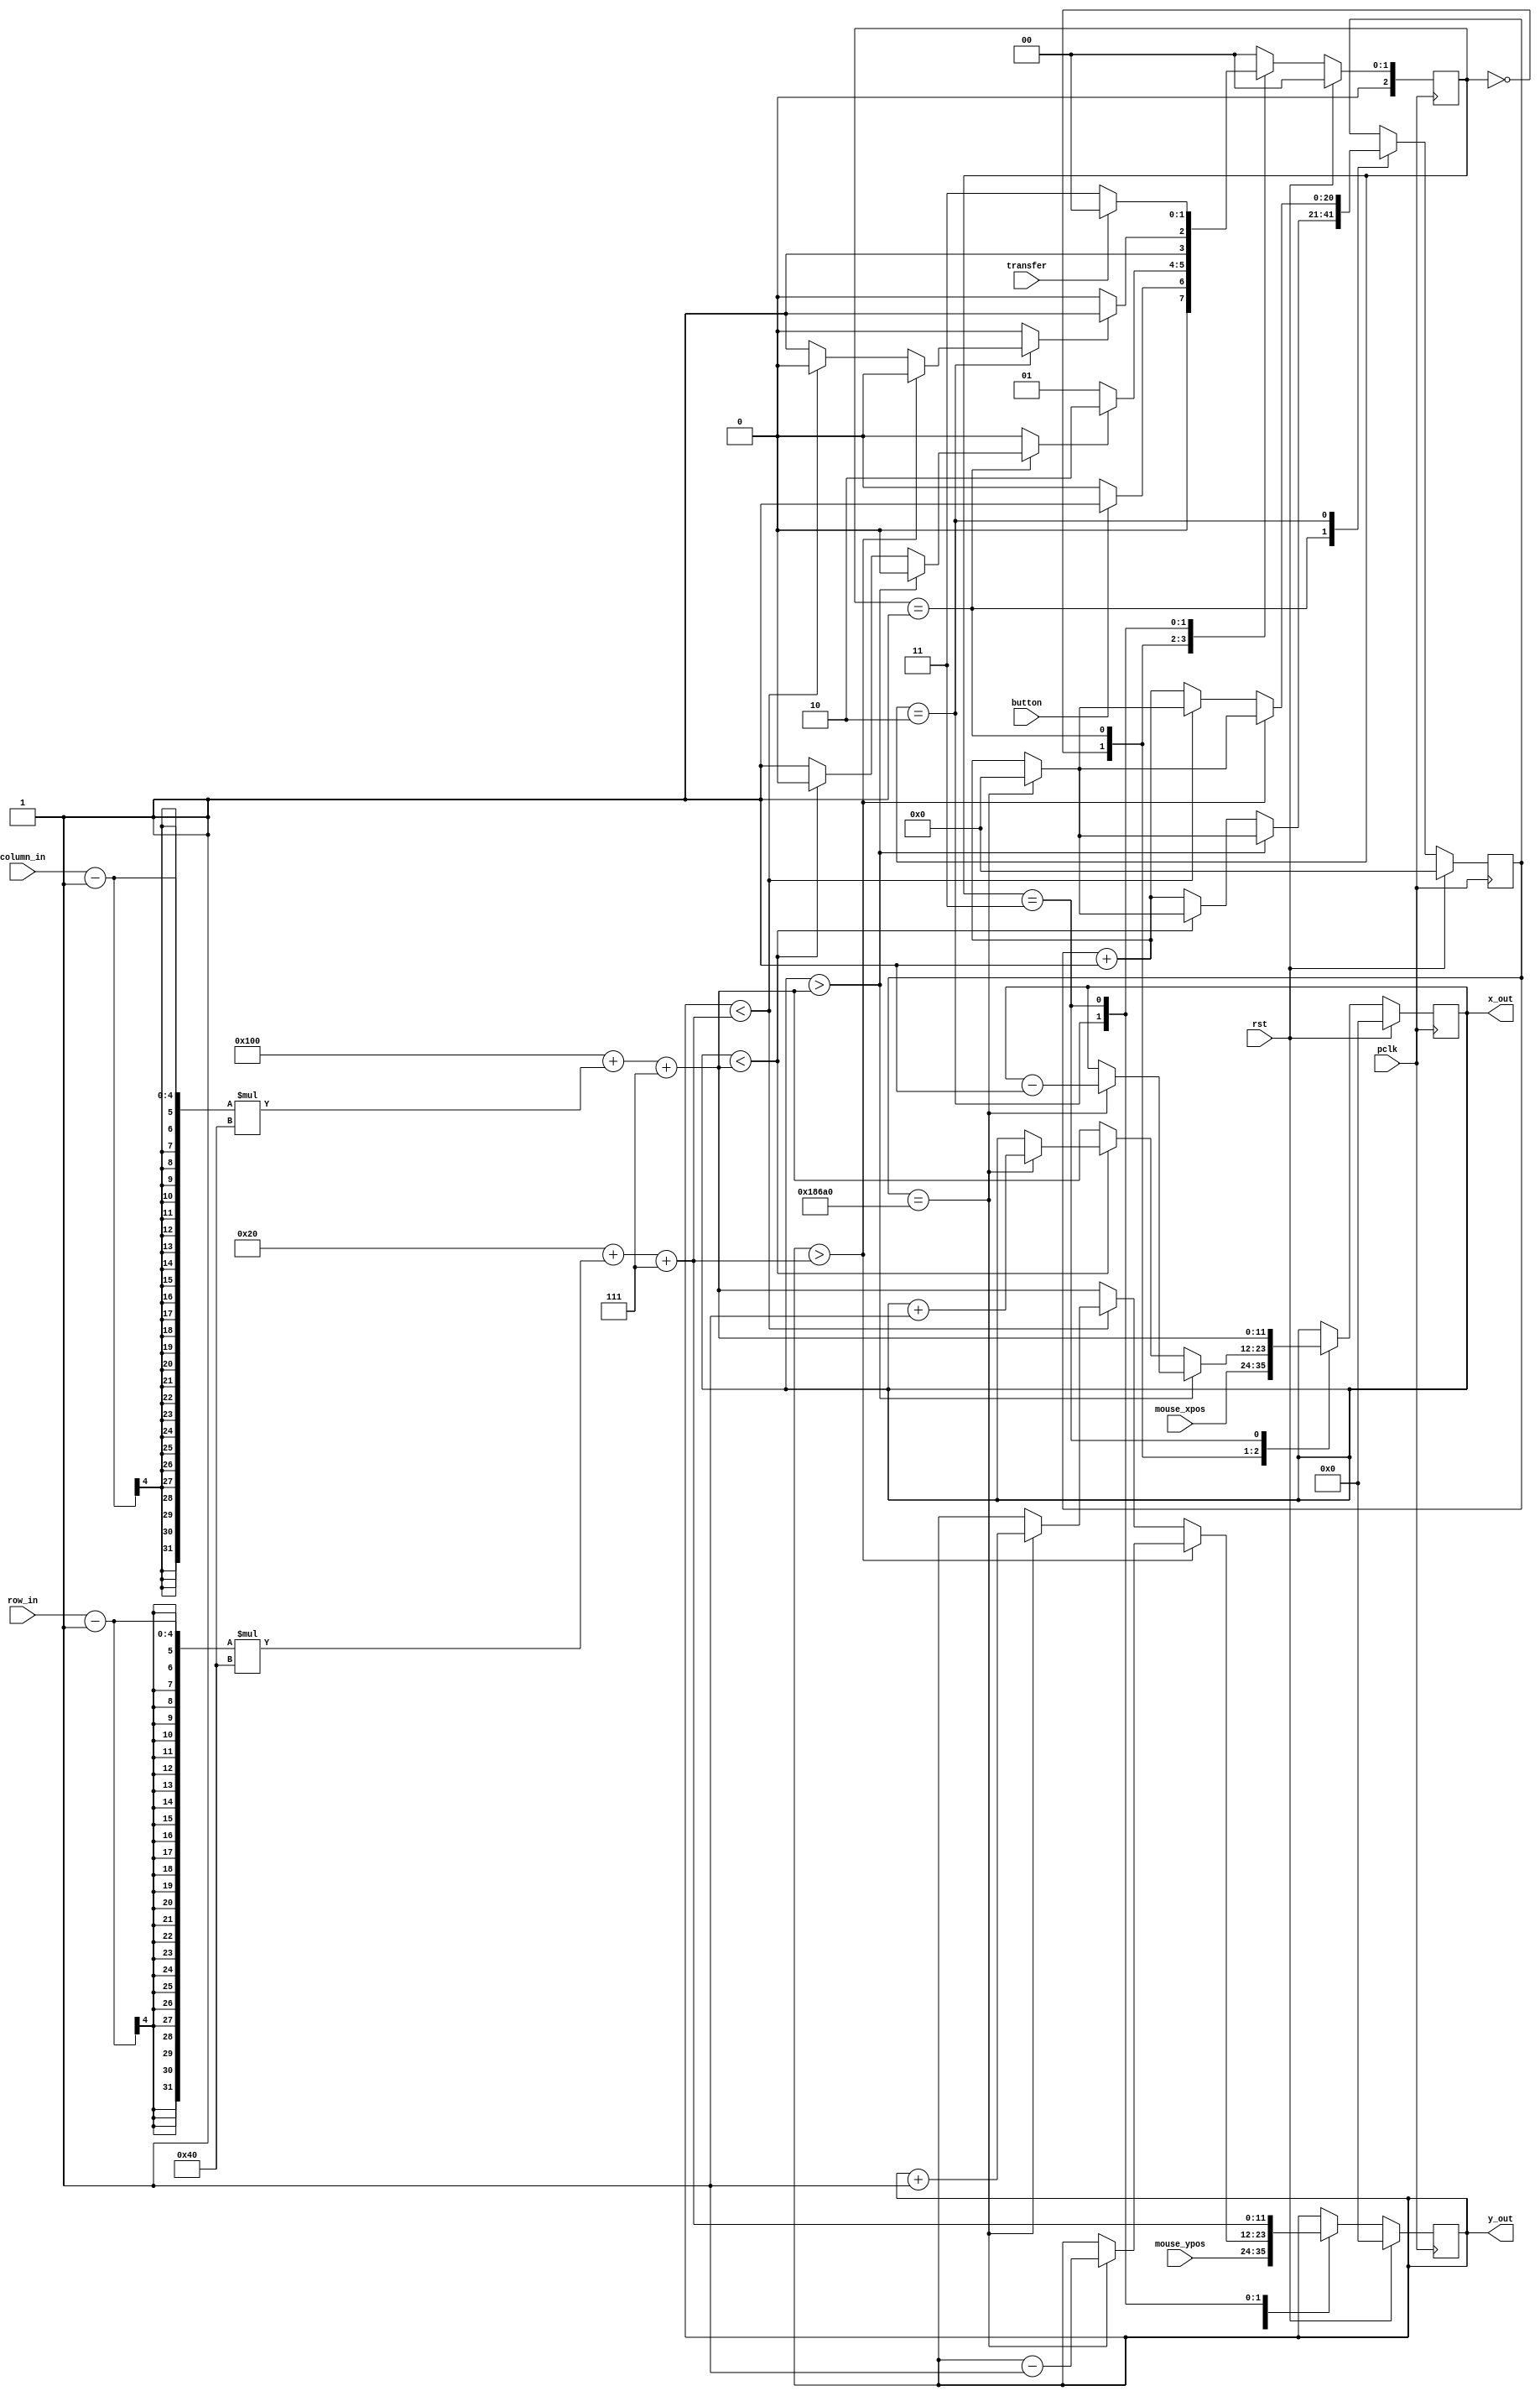
`timescale 1ns / 1ps
//////////////////////////////////////////////////////////////////////////////////
// Company: 
// Engineer: 
// 
// Design Name: 
// Module Name: move_ball
// Project Name: 
// Target Devices: 
// Tool Versions: 
// Description: 
// 
// Dependencies: 
// 
// Revision:
// Revision 0.01 - File Created
// Additional Comments:
// 
//////////////////////////////////////////////////////////////////////////////////


module move_ball(
    input wire  pclk,
    input wire  rst,
    input wire button,
    input wire transfer,
    input wire [11:0] mouse_xpos,
    input wire [11:0] mouse_ypos,
    input wire [3:0] column_in,
    input wire [3:0] row_in,
        
    output reg [11:0] x_out,
    output reg [11:0] y_out    
    );
    
    localparam	IDLE     	= 2'b00,
                MOVE_COL    = 2'b01,
                MOVE_RO     = 2'b10,
                END         = 2'b11;
                
    localparam  STATE_SIZE  = 2,
                FREQ_DIV    = 100_000,
                UP          = 32,
                LEFT        = 256,
                SQUARE_SIZE = 64,
                BALL_SIZE   = 50,
                START_DRAW  = (SQUARE_SIZE/2) - (BALL_SIZE/2);
                
    reg [11:0] x_out_nxt = 0, y_out_nxt = 0;
    reg [11:0] x_limit, y_limit;
    reg [STATE_SIZE : 0] state, state_nxt;
    reg [20:0] clk_div = 0, clk_div_nxt = 0;
    reg column, row;
    
    always @(posedge pclk) begin
        if(rst) begin
            x_out <= 0;
            y_out <= 0;
            state <= IDLE;
            clk_div <= 0;
        end
        else begin
            x_out <= x_out_nxt;
            y_out <= y_out_nxt;
            state <= state_nxt;
            clk_div <= clk_div_nxt;
        end
    end
        
    always @*
    begin
        case(state)
            IDLE:       state_nxt = (button == 1)   ?   MOVE_COL  : IDLE;
            MOVE_COL:   state_nxt = (column == 1)   ?   MOVE_RO   : MOVE_COL;                         
            MOVE_RO:    state_nxt = (row == 1)      ?   END       : MOVE_RO;
            END:        state_nxt = (transfer == 1) ?   IDLE      : END;
            default:    state_nxt =                     IDLE;
        endcase
    end    
        
    always @*
    begin
        clk_div_nxt = clk_div;
        x_out_nxt  = x_out;
        y_out_nxt  = y_out;
        column      = 0;
        row         = 0;
        x_limit     = LEFT + (column_in - 1)*SQUARE_SIZE + START_DRAW;
        y_limit     = UP + (row_in - 1)*SQUARE_SIZE + START_DRAW;       
            
        case(state)
            IDLE:       begin
                            x_out_nxt = mouse_xpos;
                            y_out_nxt = mouse_ypos;
                        end
            MOVE_COL:   begin                                      
                            clk_div_nxt = clk_div + 1;
                            if(x_out > x_limit)
                            begin
                                if(clk_div == FREQ_DIV)
                                begin
                                    x_out_nxt = x_out - 1;
                                    clk_div_nxt = 0;
                                end
                            end
                            else if(x_out < x_limit)
                            begin
                                if(clk_div == FREQ_DIV)
                                begin                
                                    x_out_nxt = x_out + 1;
                                    clk_div_nxt = 0;
                                end
                            end
                            else begin
                                    column = 1;
                                    x_out_nxt = x_limit;
                            end
                        end
            MOVE_RO:    begin             
                            clk_div_nxt = clk_div + 1;
                            if(y_out > y_limit)
                            begin
                                if(clk_div == FREQ_DIV)
                                begin
                                    y_out_nxt = y_out - 1;
                                    clk_div_nxt = 0;
                                end
                            end
                            else if(y_out < y_limit)
                            begin
                                if(clk_div == FREQ_DIV)
                                begin                
                                    y_out_nxt = y_out + 1;
                                    clk_div_nxt = 0;
                                end
                            end
                            else begin
                                row = 1;
                                y_out_nxt = x_limit;
                            end
                        end
                                
            END:    begin
                        x_out_nxt = x_limit;
                        y_out_nxt = y_limit;
                    end
        endcase
    end
endmodule